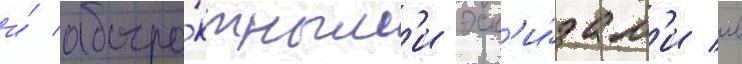
и́ абстра́ктным'и эск'и́зам'и в